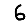
Digit: 6